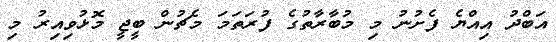
އަބްދު އިއްޔެ ފެށުނު މި މުބާރާތުގެ ފުރަތަމަ މެޗުން ބީޖީ މޮޅުވިއިރު މި